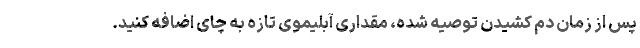
پس از زمان دم کشیدن توصیه شده، مقداری آبلیموی تازه به چای اضافه کنید.